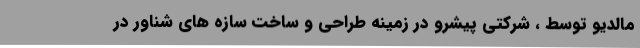
مالدیو توسط ، شرکتی پیشرو در زمینه طراحی و ساخت سازه های شناور در